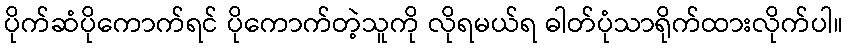
ပိုက်ဆံပိုကောက်ရင် ပိုကောက်တဲ့သူကို လိုရမယ်ရ ဓါတ်ပုံသာရိုက်ထားလိုက်ပါ။